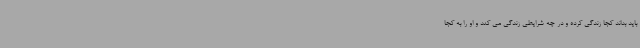
باید بداند کجا زندگی کرده و در چه شرایطی زندگی می کند و او را به کجا